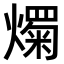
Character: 𤐋